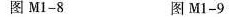
--图M1-8 图M1-9